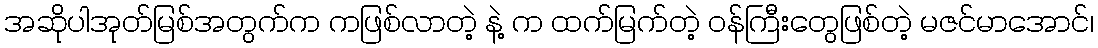
အဆိုပါအုတ်မြစ်အတွက်က ကဖြစ်လာတဲ့ နဲ့ က ထက်မြက်တဲ့ ဝန်ကြီးတွေဖြစ်တဲ့ မဇင်မာအောင်၊